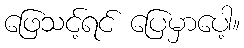
ဖြေသင့်ရင် ပြေမှာပေါ့။